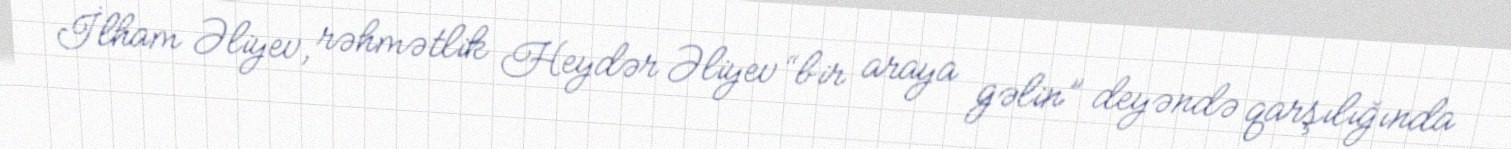
İlham Əliyev, rəhmətlik Heydər Əliyev “bir araya gəlin” deyəndə qarşılığında